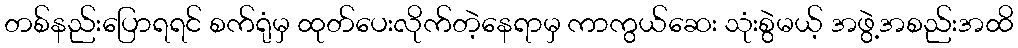
တစ်နည်းပြောရရင် စက်ရုံမှ ထုတ်ပေးလိုက်တဲ့နေရာမှ ကာကွယ်ဆေး သုံးစွဲမယ့် အဖွဲ့အစည်းအထိ